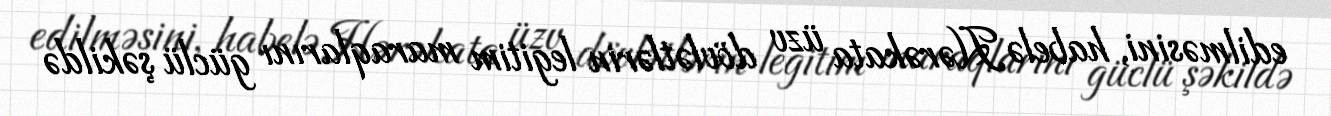
edilməsini, habelə Hərəkata üzv dövlətlərin legitim maraqlarını güclü şəkildə